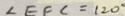
\angle E F C = 1 2 0 ^ { \circ }